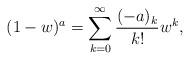
LaTeX: \begin{align*}(1-w)^a = \sum^\infty_{k=0} {(-a)_k \over k!} w^k ,\end{align*}